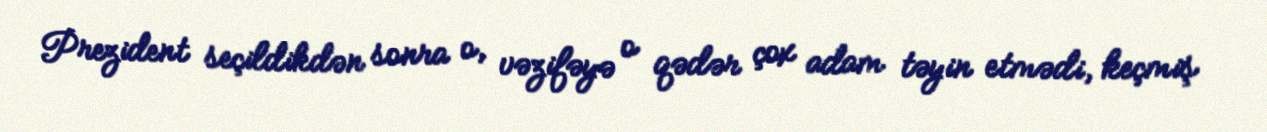
Prezident seçildikdən sonra o, vəzifəyə o qədər çox adam təyin etmədi, keçmiş